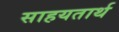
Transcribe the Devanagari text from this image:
साहयतार्थ